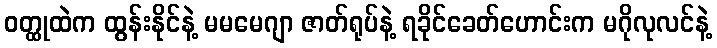
ဝတ္ထုထဲက ထွန်းနိုင်နဲ့ မမမေဂျာ ဇာတ်ရုပ်နဲ့ ရခိုင်ခေတ်ဟောင်းက မဂိုလုလင်နဲ့